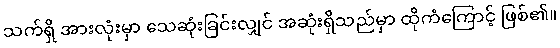
သက်ရှိ အားလုံးမှာ သေဆုံးခြင်းလျှင် အဆုံးရှိသည်မှာ ထိုကံကြောင့် ဖြစ်၏။